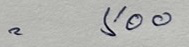
= 500